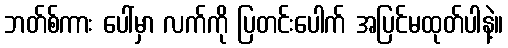
ဘတ်စ်ကား ပေါ်မှာ လက်ကို ပြတင်းပေါက် အပြင်မထုတ်ပါနဲ့။